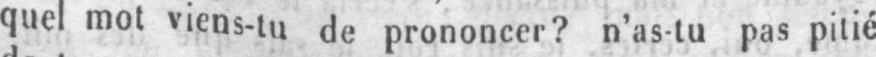
quel mot viens-tu de prononcer? n’as-tu pas pitié